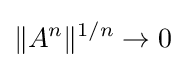
\lVert A^{n}\rVert ^{1/n}\to 0